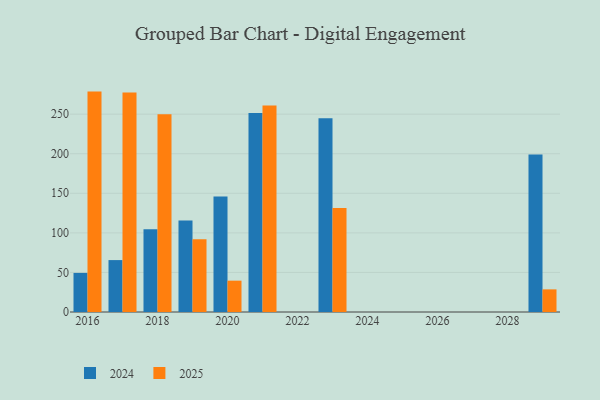
{"axis": {"x": "Year", "y": "LTV (USD)"}, "legend": ["2024", "2025"], "data": [{"x": "2021", "y": 251.6, "type": "2024"}, {"x": "2021", "y": 261.0, "type": "2025"}, {"x": "2019", "y": 115.7, "type": "2024"}, {"x": "2019", "y": 91.8, "type": "2025"}, {"x": "2016", "y": 49.4, "type": "2024"}, {"x": "2016", "y": 278.5, "type": "2025"}, {"x": "2029", "y": 199.0, "type": "2024"}, {"x": "2029", "y": 28.6, "type": "2025"}, {"x": "2023", "y": 244.7, "type": "2024"}, {"x": "2023", "y": 131.4, "type": "2025"}, {"x": "2017", "y": 65.6, "type": "2024"}, {"x": "2017", "y": 277.3, "type": "2025"}, {"x": "2020", "y": 145.8, "type": "2024"}, {"x": "2020", "y": 39.6, "type": "2025"}, {"x": "2018", "y": 104.6, "type": "2024"}, {"x": "2018", "y": 249.8, "type": "2025"}]}